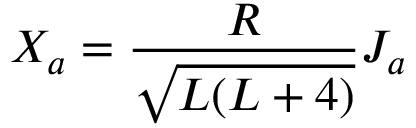
X _ { a } = \frac { R } { \sqrt { L ( L + 4 ) } } J _ { a }